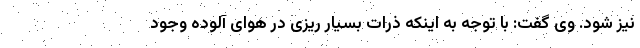
نیز شود. وی گفت: با توجه به اینکه ذرات بسیار ریزی در هوای آلوده وجود